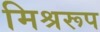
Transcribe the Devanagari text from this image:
मिश्ररूप